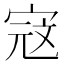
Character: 𭓾